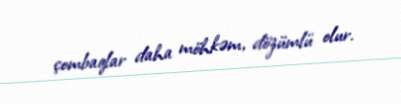
çombaqlar daha möhkəm, dözümlü olur.